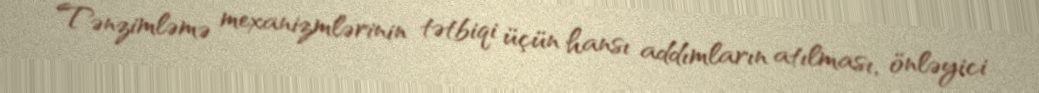
Tənzimləmə mexanizmlərinin tətbiqi üçün hansı addımların atılması, önləyici